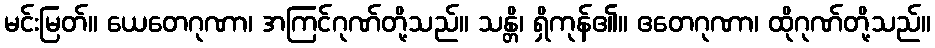
မင်းမြတ်။ ယေတေဂုဏာ၊ အကြင်ဂုဏ်တို့သည်။ သန္တိ၊ ရှိကုန်၏။ ဧတေဂုဏာ၊ ထိုဂုဏ်တို့သည်။